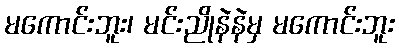
မကောင်းဘူး၊ မင်းညိုနဲနဲမှ မကောင်းဘူး